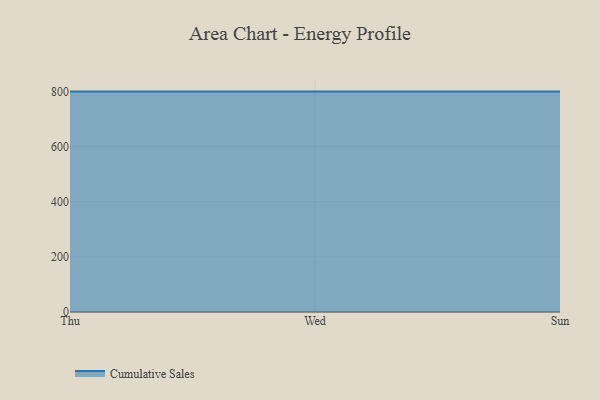
{"axis": {"x": "Day", "y": "Gross Profit (USD K)"}, "legend": ["Cumulative Sales"], "data": [{"x": "Thu", "y": 800, "type": "Cumulative Sales"}, {"x": "Wed", "y": 800, "type": "Cumulative Sales"}, {"x": "Sun", "y": 800, "type": "Cumulative Sales"}]}